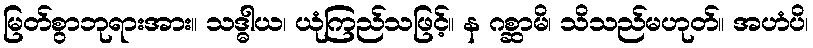
မြတ်စွာဘုရားအား။ သဒ္ဓါယ၊ ယုံကြည်သဖြင့်။ န ဂစ္ဆာမိ၊ သိသည်မဟုတ်။ အဟံပိ၊